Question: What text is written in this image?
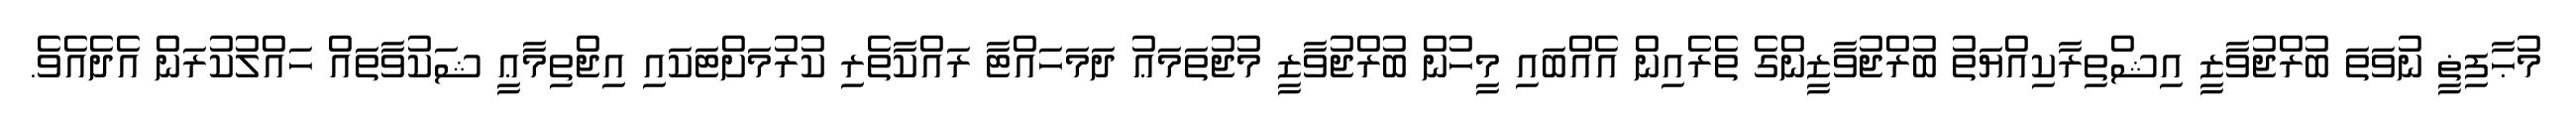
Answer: މުޙާފިޡީ ނުވަތަ ބުރްޖުވާޒީ އިޝްތިރާކިއްޔަތު ބުރްޖުވާޒީންގެ ތެރެއިން އެއްބައި މީހުން ބުރްޖުވާޒީ މުޖުތަމަޢު ދަމަހައްޓާ ރައްކާތެރި ކުރުމަށްޓަކައި އިޖްތިމާޢީ ޝަކުވާތައް ހައްލުކުރަން އެދެއެވެ.